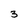
Character: 3